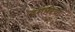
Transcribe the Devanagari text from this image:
दमारिया